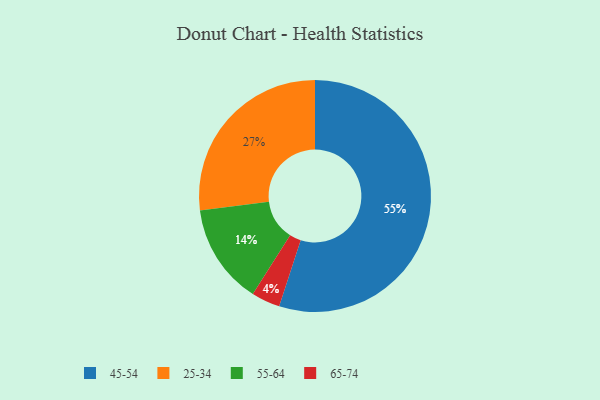
{"axis": {"x": "Category", "y": "Percentage"}, "legend": ["25-34", "45-54", "55-64", "65-74"], "data": [{"x": "25-34", "y": 27, "type": "25-34"}, {"x": "65-74", "y": 4, "type": "65-74"}, {"x": "45-54", "y": 55, "type": "45-54"}, {"x": "55-64", "y": 14, "type": "55-64"}]}